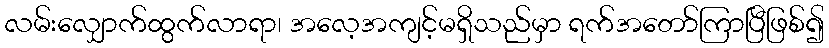
လမ်းလျှောက်ထွက်လာရာ၊ အလေ့အကျင့်မရှိသည်မှာ ရက်အတော်ကြာပြီဖြစ်၍